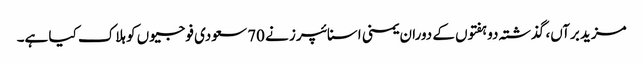
مزید برآں، گذشتہ دو ہفتوں کے دوران یمنی اسنائپرز نے 70 سعودی فوجیوں کو ہلاک کیا ہے۔